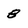
Character: b